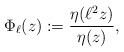
\begin{align*} \Phi_{\ell}(z):=\frac{\eta(\ell^2z)}{\eta(z)}, \end{align*}